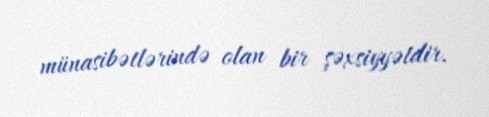
münasibətlərində olan bir şəxsiyyətdir.